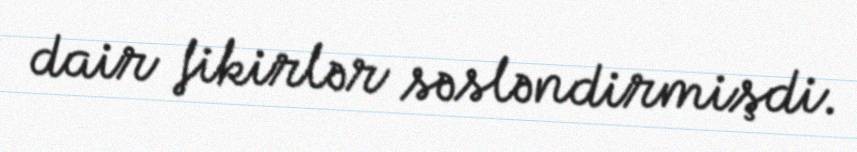
dair fikirlər səsləndirmişdi.